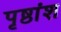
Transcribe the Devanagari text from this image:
पृष्ठांश